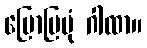
ပြောပြပုံ ဂါထာ။